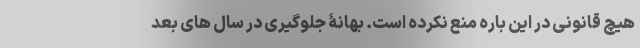
هیچ قانونی در این باره منع نکرده است. بهانۀ جلوگیری در سال های بعد